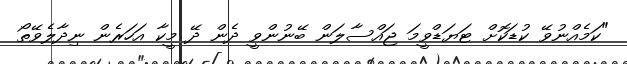
"ކަމެއްނުވޭ ކުޑަކޮށް ޓަޔަޑްވީމަ ޖައްސާލަން ބޭނުންވީ ދެން ދޭ މީކާ އަހަރެން ނިދާލެވޭތޯ